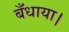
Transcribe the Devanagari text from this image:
बँधाया।